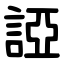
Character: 䛩